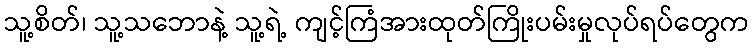
သူ့စိတ်၊ သူ့သဘောနဲ့ သူ့ရဲ့ ကျင့်ကြံအားထုတ်ကြိုးပမ်းမှုလုပ်ရပ်တွေက